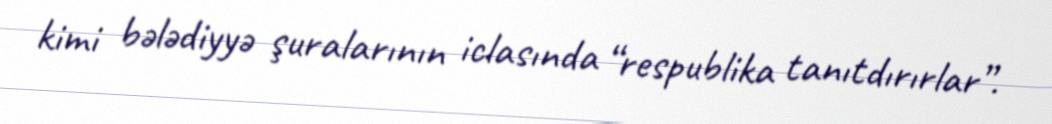
kimi bələdiyyə şuralarının iclasında “respublika tanıtdırırlar”.